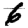
Digit: 6